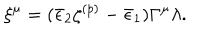
LaTeX: \xi ^ { \mu } = ( \bar { \epsilon } _ { 2 } \zeta ^ { ( p ) } - \bar { \epsilon } _ { 1 } ) \Gamma ^ { \mu } \lambda .